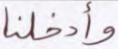
وأدخلنا